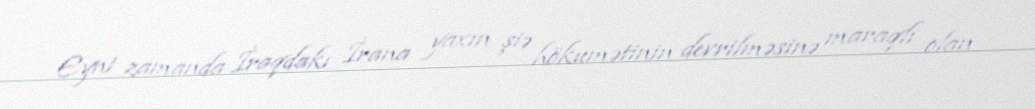
Eyni zamanda İraqdakı İrana yaxın şiə hökumətinin devrilməsinə maraqlı olan